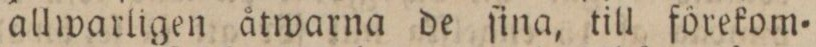
allwarligen åtwarna de ſina, till förekom=